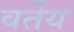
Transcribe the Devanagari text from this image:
वर्तेय